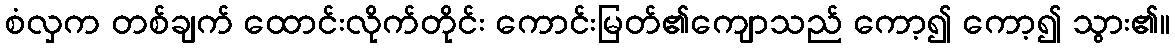
စံလှက တစ်ချက် ထောင်းလိုက်တိုင်း ကောင်းမြတ်၏ကျောသည် ကော့၍ ကော့၍ သွား၏။